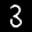
Label: 3